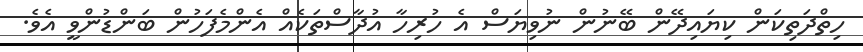
ހިތްދަތިކަން ކިޔައިދޭން ބޭނުން ނުވިޔަސް އެ ހުރިހާ އުދާސްތަކެއް އެންމެފަހުން ބަންޑުންވީ އެވެ.